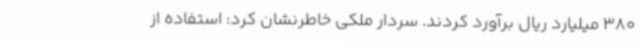
380 میلیارد ریال برآورد کردند. سردار ملکی خاطرنشان کرد: استفاده از